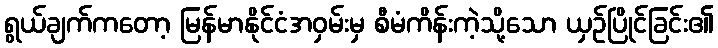
ရွယ်ချက်ကတော့ မြန်မာနိုင်ငံအဝှမ်းမှ စီမံကိန်းကဲ့သို့သော ယှဉ်ပြိုင်ခြင်း၏